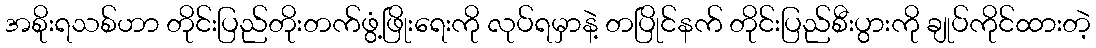
အစိုးရသစ်ဟာ တိုင်းပြည်တိုးတက်ဖွံ့ဖြိုးရေးကို လုပ်ရမှာနဲ့ တပြိုင်နက် တိုင်းပြည်စီးပွားကို ချုပ်ကိုင်ထားတဲ့